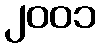
၂၀၀၁